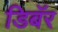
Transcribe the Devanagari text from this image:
डिबॅर